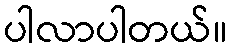
ပါလာပါတယ်။